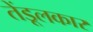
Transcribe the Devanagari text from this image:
तेंडूलकार